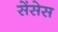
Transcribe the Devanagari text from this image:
सेंसेस